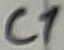
Text: C1